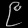
Digit: ၉